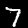
Label: 7